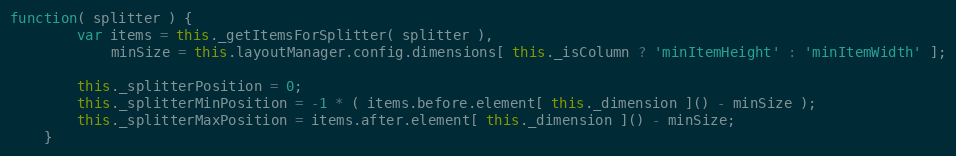
Language: JavaScript
function( splitter ) {
		var items = this._getItemsForSplitter( splitter ),
			minSize = this.layoutManager.config.dimensions[ this._isColumn ? 'minItemHeight' : 'minItemWidth' ];

		this._splitterPosition = 0;
		this._splitterMinPosition = -1 * ( items.before.element[ this._dimension ]() - minSize );
		this._splitterMaxPosition = items.after.element[ this._dimension ]() - minSize;
	}